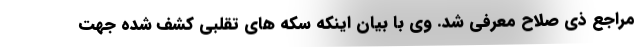
مراجع ذی صلاح معرفی شد. وی با بیان اینکه سکه های تقلبی کشف شده جهت